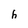
Character: h